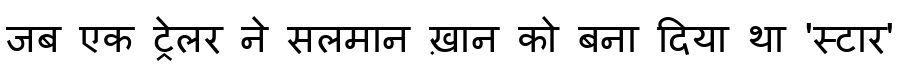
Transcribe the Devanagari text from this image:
जब एक ट्रेलर ने सलमान ख़ान को बना दिया था 'स्टार'